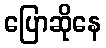
ပြောဆိုနေ